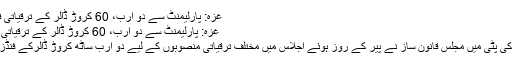
غزہ: پارلیمنٹ سے دو ارب، 60 کروڑ ڈالر کے ترقیاتی فنڈز کی منظوری.
غزہ: پارلیمنٹ سے دو ارب، 60 کروڑ ڈالر کے ترقیاتی فنڈز کی منظوری
فلسطینی شہرغزہ کی پٹی میں مجلس قانون ساز نے پیر کے روز ہوئے اجلاس میں مختلف ترقیاتی منصوبوں کے لیے دو ارب ساٹھ کروڑ ڈالرکے فنڈز کی منظوری دی۔